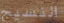
النسيج